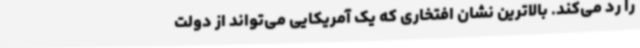
را رد می‌کند. بالاترین نشان افتخاری که یک آمریکایی می‌تواند از دولت